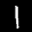
Label: 1